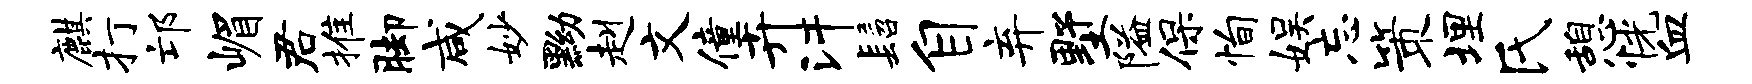
麒打邙嵋君推脚咸妙黝赳文僮卉汗髫自弃墅隘保恂娱忘策埋氏憩恍血